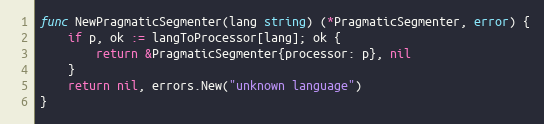
Language: Go
func NewPragmaticSegmenter(lang string) (*PragmaticSegmenter, error) {
	if p, ok := langToProcessor[lang]; ok {
		return &PragmaticSegmenter{processor: p}, nil
	}
	return nil, errors.New("unknown language")
}